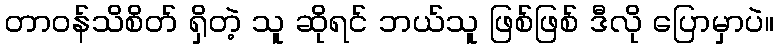
တာဝန်သိစိတ် ရှိတဲ့ သူ ဆိုရင် ဘယ်သူ ဖြစ်ဖြစ် ဒီလို ပြောမှာပဲ။